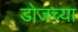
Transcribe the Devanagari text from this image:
डोजच्या